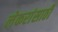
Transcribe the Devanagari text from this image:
लेकरांसाठी